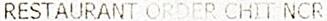
RESTAURANT ORDER CHIT NCR